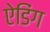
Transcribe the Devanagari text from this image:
ऐडिंग